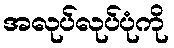
အလုပ်လုပ်ပုံကို